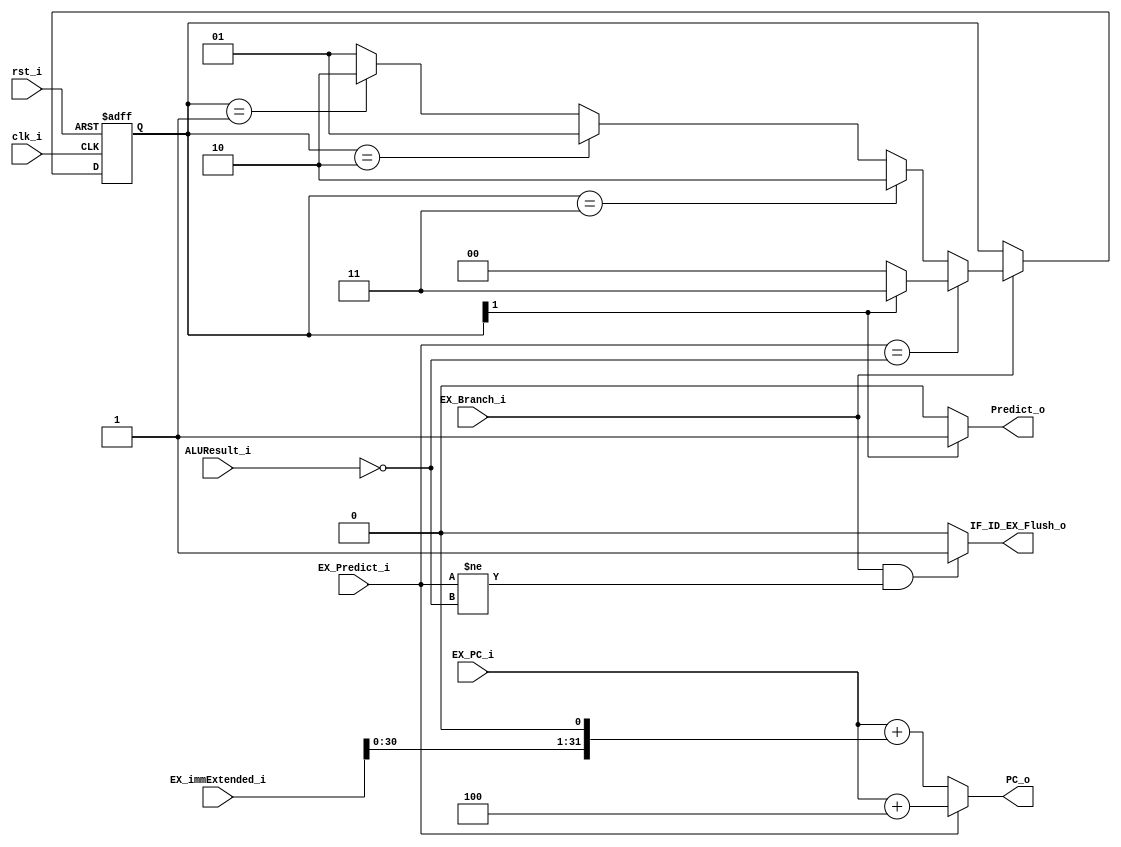
module Branch_Predictor
(
    clk_i, 
    rst_i,

    ALUResult_i, 
    EX_Branch_i,
    EX_PC_i,
    EX_Predict_i,
    EX_immExtended_i, 

	Predict_o,
    PC_o, 
    IF_ID_EX_Flush_o,
);
input clk_i, rst_i;
input EX_Branch_i;
input EX_Predict_i;
input [31:0] ALUResult_i;
input [31:0] EX_PC_i;
input [31:0] EX_immExtended_i;
output Predict_o, IF_ID_EX_Flush_o;
output [31:0] PC_o;

reg [1:0] BHT;
  
assign Predict_o = (BHT[1] == 1) ? 1 : 0;
assign IF_ID_EX_Flush_o = (EX_Branch_i && (EX_Predict_i != (ALUResult_i == 0))) ? 1 : 0;
assign PC_o = (EX_Predict_i) ? EX_PC_i + 4 : EX_PC_i + (EX_immExtended_i << 1);

// TODO
always@(posedge clk_i or negedge rst_i) begin
    if(~rst_i) begin
        BHT <= 2'b11;
    end 
    else if(EX_Branch_i) begin
        if(EX_Predict_i == (ALUResult_i == 0)) begin // ALUResult == 0 : Taken
            if(BHT[1]) begin 
                BHT = 2'b11;
            end
            else begin
                BHT = 2'b00;
            end
        end
        else begin //Prediction Failed
            // Update the BHT
            if(BHT == 2'b11) begin
                BHT <= 2'b10;
            end
            else if(BHT == 2'b10) begin
                BHT <= 2'b01;
            end 
            else if(BHT == 2'b01) begin
                BHT <= 2'b10;
            end 
            else begin
                BHT <= 2'b01;
            end
        end
    end
end

endmodule